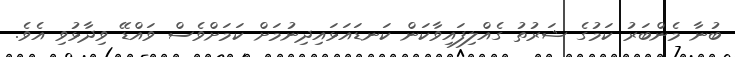
ބުނާ މެންބަރު ކަމުގެ ޝަރުތު ގެއްލިފައިވާކަން ކަނޑައަޅައިދިނުމަށް ކަމަށްވެސް ވައްޑޭ ވިދާޅުވި އެވެ.